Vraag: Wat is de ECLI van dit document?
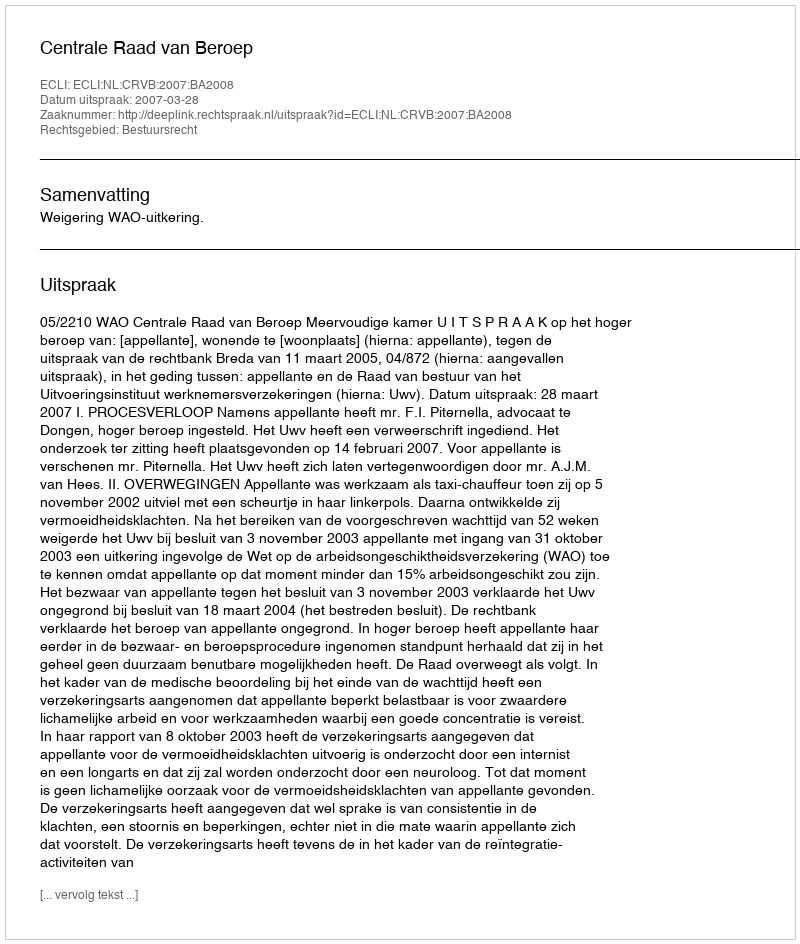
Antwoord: ECLI:NL:CRVB:2007:BA2008